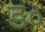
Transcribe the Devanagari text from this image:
ड०